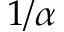
1 / \alpha